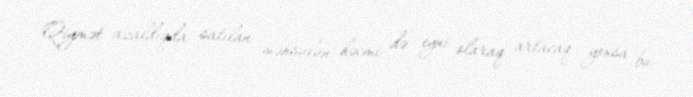
Qiymət azaldıqda satılan məhsulun həcmi də eyni olaraq artacaq yoxsa bu